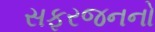
સફરજનનો